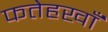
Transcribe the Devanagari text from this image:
फतेहखाँ